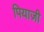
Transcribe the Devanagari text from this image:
पियाज़ी